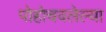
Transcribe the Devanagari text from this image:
पोहोचवलेल्या